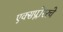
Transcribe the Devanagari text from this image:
एक्सप्लोररचे